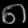
Digit: ၈